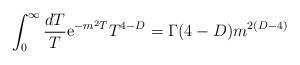
LaTeX: \begin{align*}\int_0^{\infty}{dT\over T}{\rm e}^{-m^2 T}T^{4-D}= \Gamma(4-D)m^{2(D-4)}\end{align*}